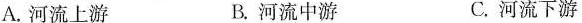
A.河流上游 B.河流中游 C.河流下游